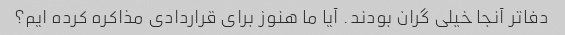
دفاتر آنجا خیلی گران بودند. آیا ما هنوز برای قراردادی مذاکره کرده ایم؟